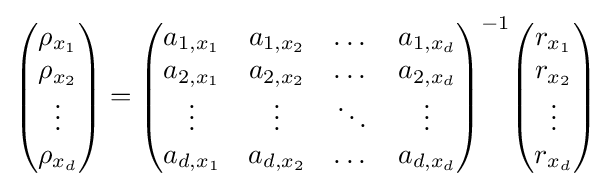
{\begin{pmatrix}\rho _{x_{1}}\\\rho _{x_{2}}\\\vdots \\\rho _{x_{d}}\end{pmatrix}}={\begin{pmatrix}a_{1,x_{1}}&a_{1,x_{2}}&\dots &a_{1,x_{d}}\\a_{2,x_{1}}&a_{2,x_{2}}&\dots &a_{2,x_{d}}\\\vdots &\vdots &\ddots &\vdots \\a_{d,x_{1}}&a_{d,x_{2}}&\dots &a_{d,x_{d}}\end{pmatrix}}^{-1}{\begin{pmatrix}r_{x_{1}}\\r_{x_{2}}\\\vdots \\r_{x_{d}}\end{pmatrix}}